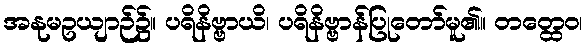
အနုမဥယျာဉ်၌။ ပရိနိဗ္ဗာယိ၊ ပရိနိဗ္ဗာန်ပြုတော်မူ၏။ တတ္ထေဝ၊